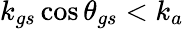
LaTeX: k_{gs}\cos{\theta_{gs}}<k_{a}